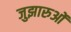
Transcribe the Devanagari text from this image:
जुझारुओं